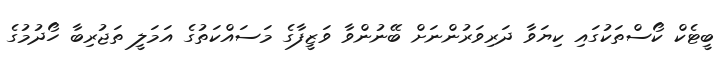
ބީޓެކް ކޯސްތަކުގައި ކިޔަވާ ދަރިވަރުންނަށް ބޭނުންވާ ވަޒީފާގެ މަސައްކަތުގެ އަމަލީ ތަޖުރިބާ ހޯދުމުގެ